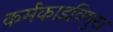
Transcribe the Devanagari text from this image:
कर्मकाडविमुख